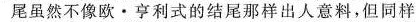
尾虽然不像欧亨利式的结尾那样出人意料，但同样